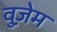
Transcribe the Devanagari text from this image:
वुज़ेम